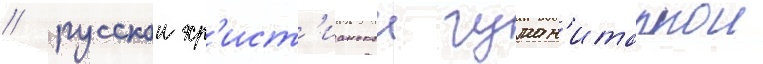
/ русскои хр'ист'ианскои гуман'итарнои